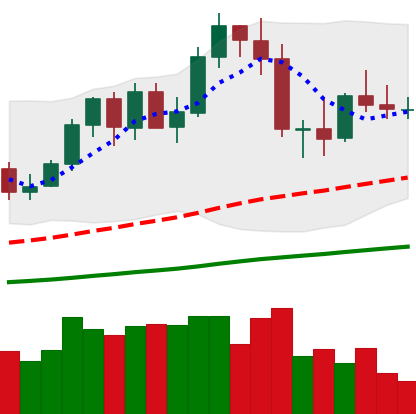
Ticker: NEO-USD
Chart end date: 2020-09-27
Forward return: -14.445%
Label: down_7plus